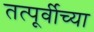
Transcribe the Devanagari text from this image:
तत्पूर्वीच्या